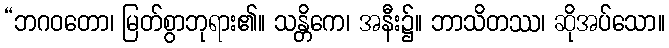
“ဘဂဝတော၊ မြတ်စွာဘုရား၏။ သန္တိကေ၊ အနီး၌။ ဘာသိတဿ၊ ဆိုအပ်သော။